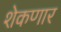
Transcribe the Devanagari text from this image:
शेकणार